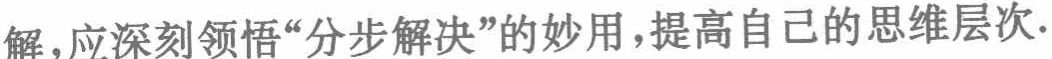
解，应深刻领悟“分步解决”的妙用，提高自己的思维层次.